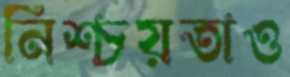
নিশ্চয়তাও